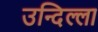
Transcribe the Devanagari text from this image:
उन्दिल्ला